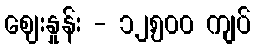
ဈေးနှုန်း - ၁၂,၅၀၀ ကျပ်